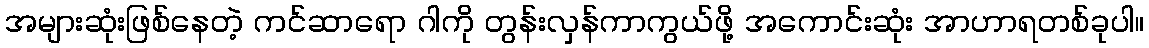
အများဆုံးဖြစ်နေတဲ့ ကင်ဆာရော ဂါကို တွန်းလှန်ကာကွယ်ဖို့ အကောင်းဆုံး အာဟာရတစ်ခုပါ။